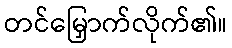
တင်မြှောက်လိုက်၏။